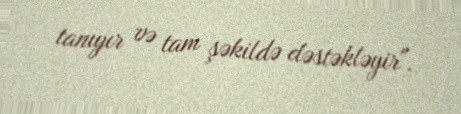
tanıyır və tam şəkildə dəstəkləyir".